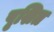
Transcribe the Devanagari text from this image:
पृशित